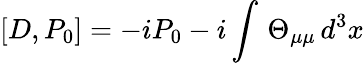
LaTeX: \left[D,P_{0}\right]=-iP_{0}-i\int\, \Theta_{\mu\mu}\, d^{3}x